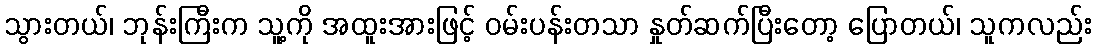
သွားတယ်၊ ဘုန်းကြီးက သူ့ကို အထူးအားဖြင့် ဝမ်းပန်းတသာ နှုတ်ဆက်ပြီးတော့ ပြောတယ်၊ သူကလည်း